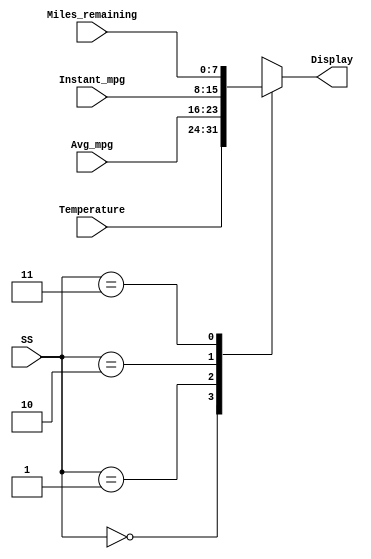
`timescale 1ns / 1ps
//////////////////////////////////////////////////////////////////////////////////
// Company: 
// Engineer: 
// 
// Design Name: 
// Module Name: Mirror_Display_1
// Project Name: 
// Target Devices: 
// Tool Versions: 
// Description: 
// 
// Dependencies: 
// 
// Revision:
// Revision 0.01 - File Created
// Additional Comments:
// 
//////////////////////////////////////////////////////////////////////////////////


module Mirror_Display_1(
    input wire [7:0] Temperature,
    input wire [7:0] Avg_mpg,
    input wire [7:0] Instant_mpg,
    input wire [7:0] Miles_remaining,
    input wire [1:0] SS,
    output reg [7:0] Display
    );
    
    always @(*)
    case(SS)
    0: Display = Temperature;
    1: Display = Avg_mpg;
    2: Display = Instant_mpg;
    3: Display = Miles_remaining;
    endcase
    
endmodule